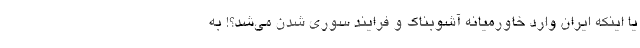
یا اینکه ایران وارد خاورمیانه آشوبناک و فرایند سوری شدن می‌‌شد؟! به